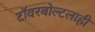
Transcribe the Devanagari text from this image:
टॉवरबोल्टलाही